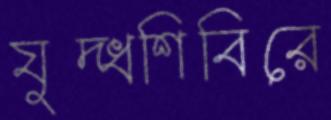
যুদ্ধশিবিরে